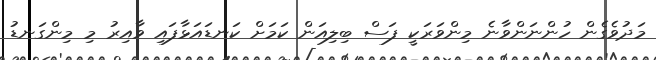
މަދުވެގެން ހުންނަންވާނެ މިންވަރަކީ ފަސް ބިލިއަން ކަމަށް ކަނޑައަޅާފައި ވާއިރު މި މިންގަނޑު